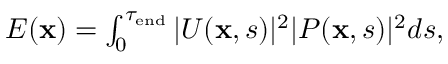
\begin{array} { r } { E ( \mathbf x ) = \int _ { 0 } ^ { \tau _ { \mathrm { e n d } } } | U ( \mathbf x , s ) | ^ { 2 } | P ( \mathbf x , s ) | ^ { 2 } d s , } \end{array}